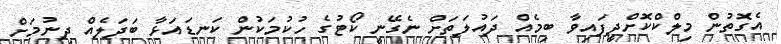
އެގޮތުން މިލްކްކޮށްދީފައިވާ ބިމެއް ދައުލަތަށް ނެގޭނީ ކޯޓުގެ ހުކުމަކުން ކަނޑައަޅާ ބަދަލެއް ދިނުމަށް